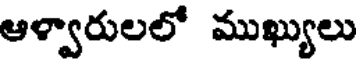
ఆళ్వారులలో ముఖ్యులు